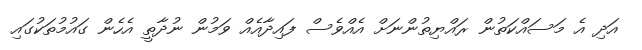
އަދި އެ މަސައްކަތުން ރައްޔިތުންނަށް އެއްވެސް ފައިދާއެއް ވަމުން ނުދާތީ އެހެން ގައުމުތަކުގައި